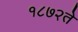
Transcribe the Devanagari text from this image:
१८७२ते